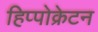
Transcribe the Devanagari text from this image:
हिप्पोक्रेटन